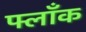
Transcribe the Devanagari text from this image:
फ्लाँक